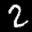
Label: 2